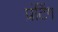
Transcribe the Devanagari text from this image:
प्रंटिंग